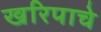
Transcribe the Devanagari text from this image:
खरिपाचे